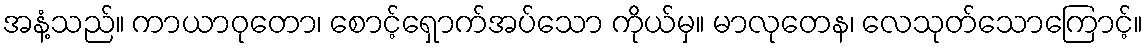
အနံ့သည်။ ကာယာဝုတော၊ စောင့်ရှောက်အပ်သော ကိုယ်မှ။ မာလုတေန၊ လေသုတ်သောကြောင့်။